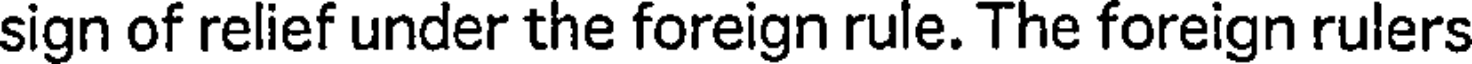
sign of relief under the foreign rule. The foreign rulers